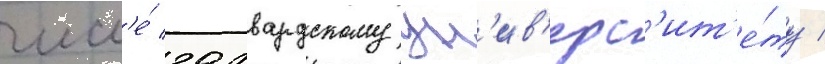
числ'е́ гарвардскому ун'ив'ерс'ит'е́ту /